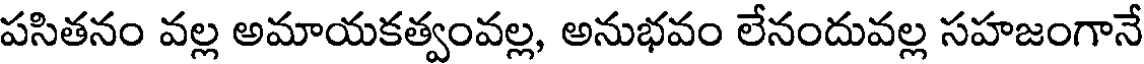
పసితనం వల్ల అమాయకత్వంవల్ల, అనుభవం లేనందువల్ల సహజంగానే